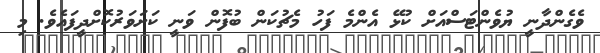
ވެގެންދާނީ ޔުވެންޓަސްއަށް ކުޅޭ އެންމެ ފަހު މެޗުކަން ބުފޮން ވަނީ ކަށަވަރުކޮށްދީފައެވެ. މި